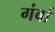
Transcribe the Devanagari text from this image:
गंवां